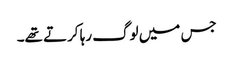
جس میں لوگ رہا کرتے تھے۔